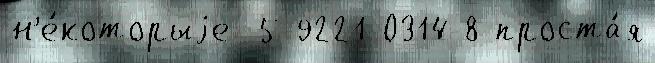
н'е́которыjе  5-9221-0314-8 проста́я